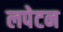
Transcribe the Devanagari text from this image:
लपेटन